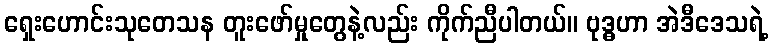
ရှေးဟောင်းသုတေသန တူးဖော်မှုတွေနဲ့လည်း ကိုက်ညီပါတယ်။ ဗုဒ္ဓဟာ အဲဒီဒေသရဲ့